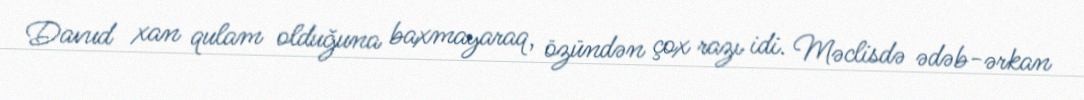
Davud xan qulam olduğuna baxmayaraq, özündən çox razı idi. Məclisdə ədəb-ərkan